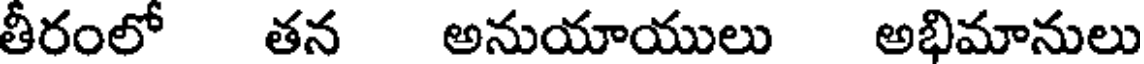
తీరంలో తన అనుయాయులు అభిమానులు